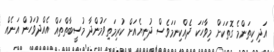
އަދި ކިތަންމެ ގޮތަކަށް މިވާހަކަ ދެއްކިނަމަވެސް ދުނިޔެއަށް ކުރިމަތިވަމުންދާ މުސީބާތްތައް އެއްދުވަހުން އަނެއް